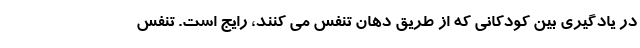
در یادگیری بین کودکانی که از طریق دهان تنفس می کنند، رایج است. تنفس